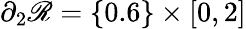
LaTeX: \partial_{2}\mathscr{R}=\{ 0.6\} \times[0,2]